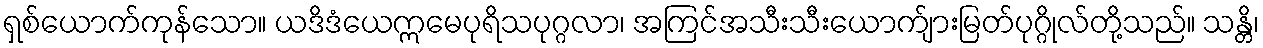
ရှစ်ယောက်ကုန်သော။ ယဒိဒံယေဣမေပုရိသပုဂ္ဂလာ၊ အကြင်အသီးသီးယောက်ျားမြတ်ပုဂ္ဂိုလ်တို့သည်။ သန္တိ၊